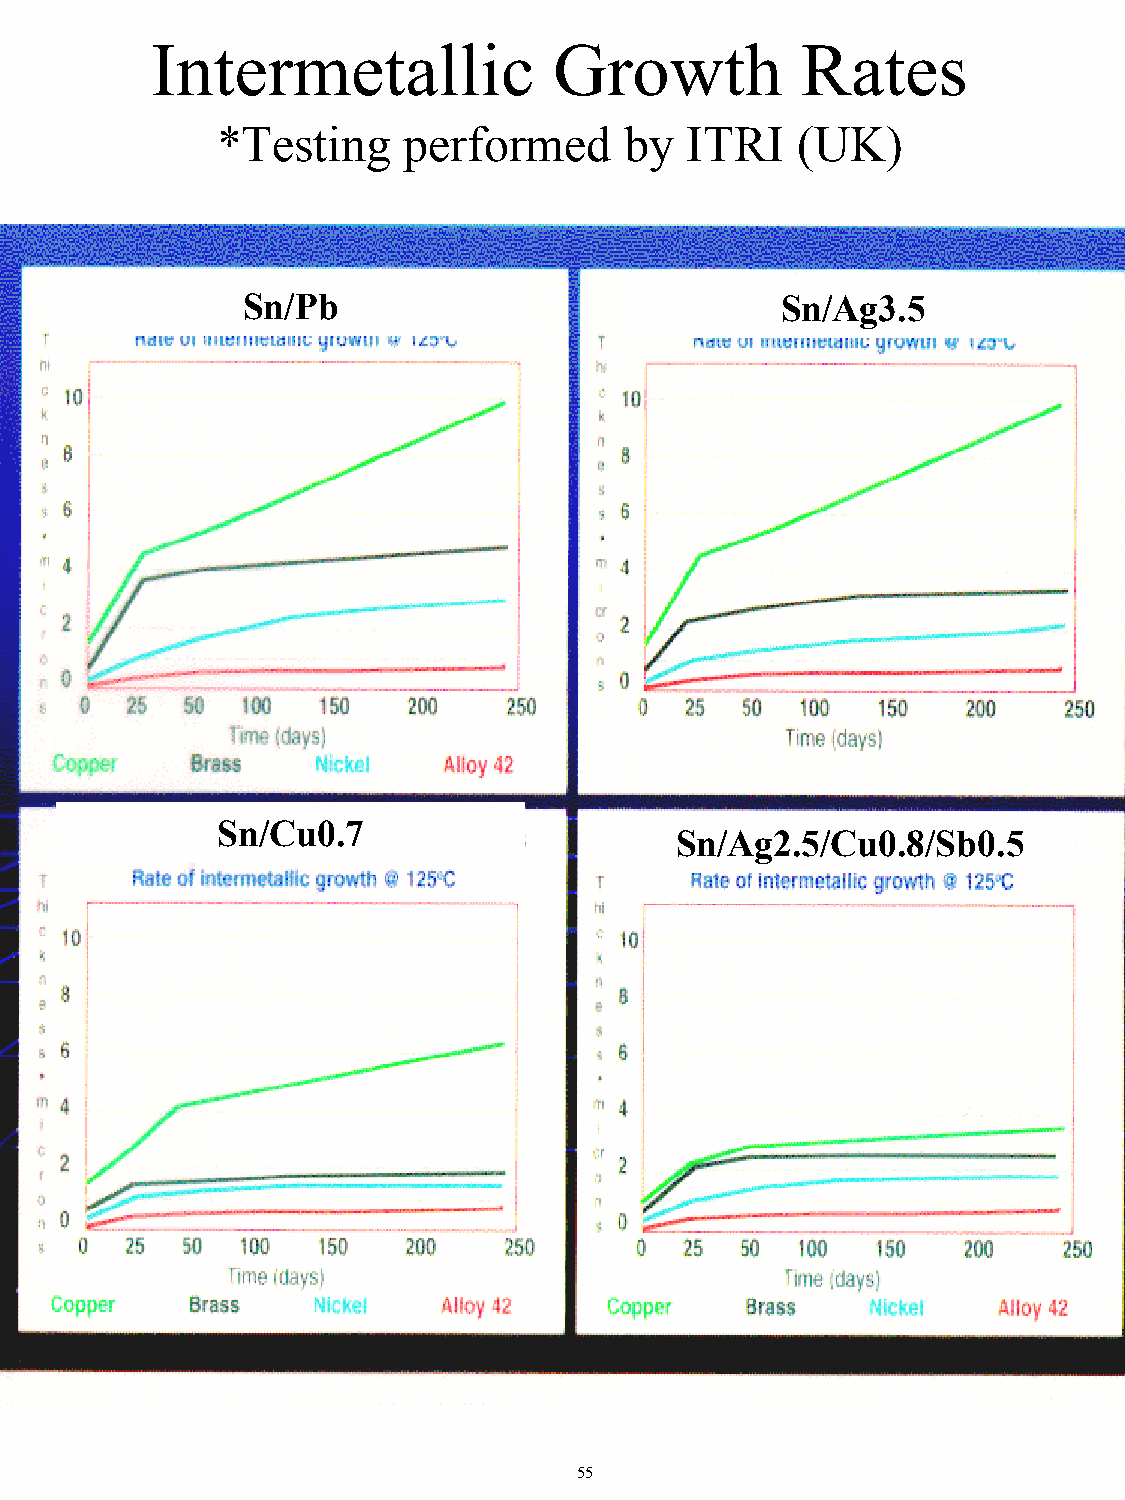
Intermetallic              Growth          Rates
 *Testing     performed     by  ITRI    (UK)
 Sn/Pb                               Sn/Ag3.5
 Sn/Cu0.7
 Sn/Ag2.5/Cu0.8/Sb0.5
 55